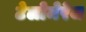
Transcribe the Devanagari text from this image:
टेलोमेरेज